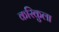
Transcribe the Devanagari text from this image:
करिकुला